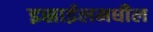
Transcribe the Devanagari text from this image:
इस्राईलमधील